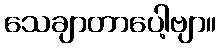
သေချာတာပေါ့ဗျာ။